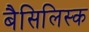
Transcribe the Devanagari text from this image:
बैसिलिस्क